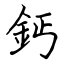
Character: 鈣